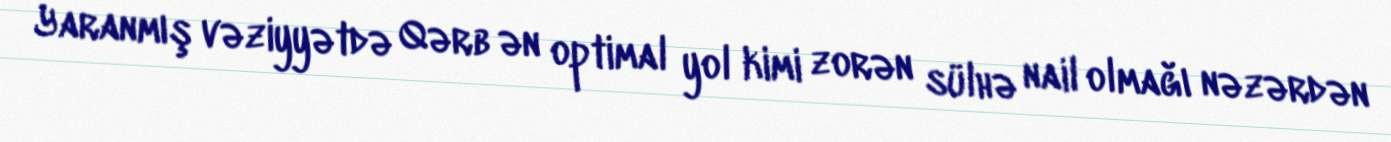
Yaranmış vəziyyətdə Qərb ən optimal yol kimi zorən sülhə nail olmağı nəzərdən